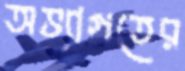
অভ্যাগতের